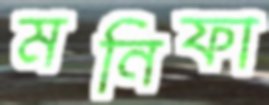
মনিফা